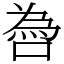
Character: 噕